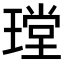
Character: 𤨠